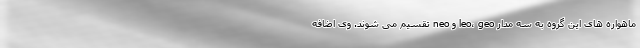
ماهواره های این گروه به سه مدار leo، geo و neo تقسیم می شوند. وی اضافه